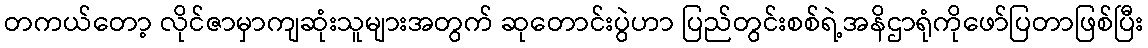
တကယ်တော့ လိုင်ဇာမှာကျဆုံးသူများအတွက် ဆုတောင်းပွဲဟာ ပြည်တွင်းစစ်ရဲ့အနိဌာရုံကိုဖော်ပြတာဖြစ်ပြီး